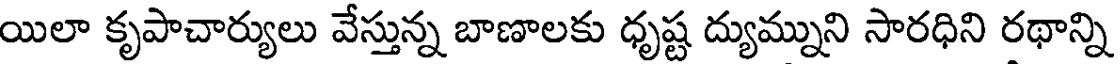
యిలా కృపాచార్యులు వేస్తున్న బాణాలకు ధృష్ట ద్యుమ్నుని సారధిని రథాన్ని